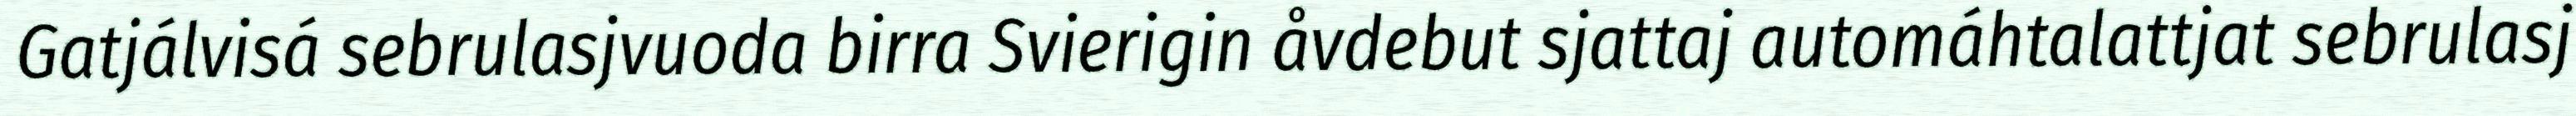
Gatjálvisá sebrulasjvuoda birra Svierigin åvdebut sjattaj automáhtalattjat sebrulasj